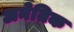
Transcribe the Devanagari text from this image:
अनेतिक